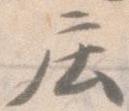
庄